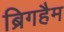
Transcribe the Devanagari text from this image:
ब्रिगहैम